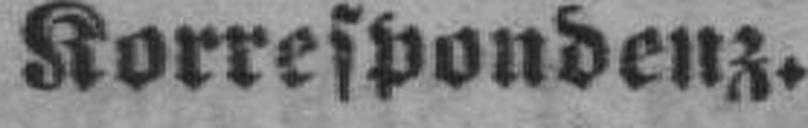
Korrespondenz.